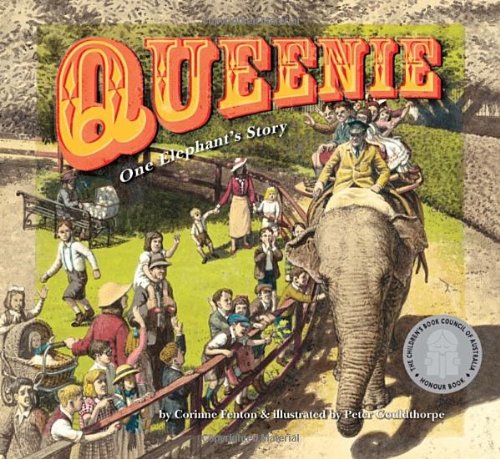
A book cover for Queenie: One Elephant's Story; Corinne Fenton; Children's Books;